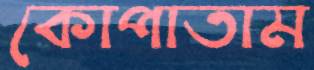
কোপাতাম